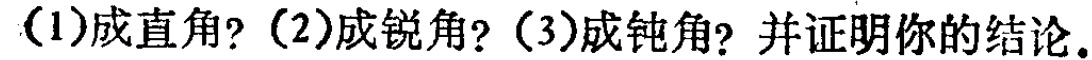
(1)成直角? (2)成锐角? (3)成钝角? 并证明你的结论。